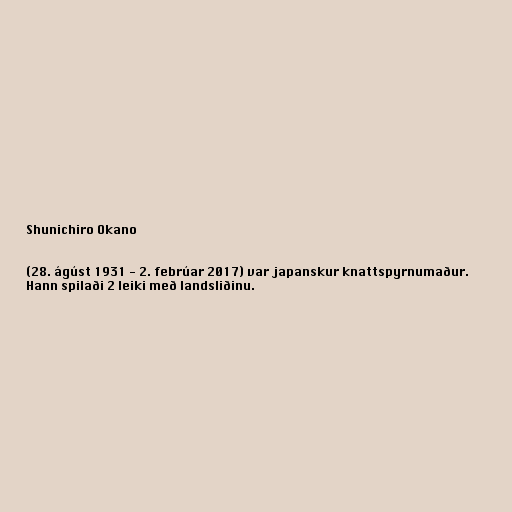
Shunichiro Okano

(28. ágúst 1931 - 2. febrúar 2017) var japanskur knattspyrnumaður.
Hann spilaði 2 leiki með landsliðinu.